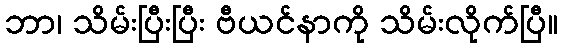
ဘာ၊ သိမ်းပြီးပြီး ဗီယင်နာကို သိမ်းလိုက်ပြီ။